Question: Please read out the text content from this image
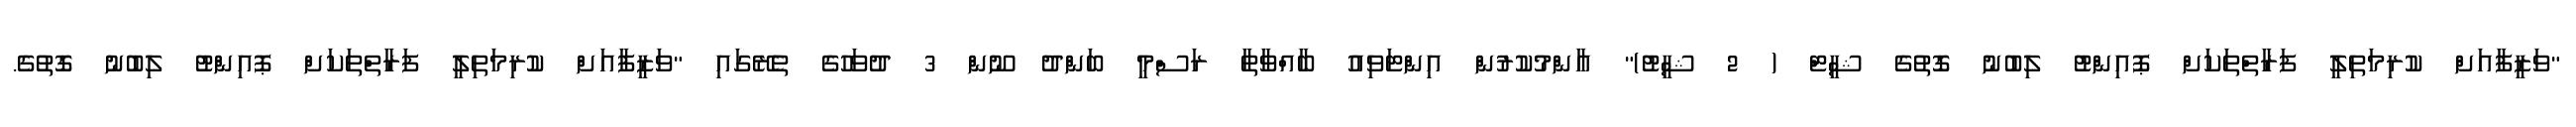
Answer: "ވަޒީފާއަށް ކުރިމަތިލީ ފަރާތްތަކަށް ޕޮއިންޓު ލިބުނު ގޮތުގެ ޝީޓް ( 2 ޝީޓު)" އާންމުކުރުން އިންޓަވިއު ބާއްވާތާ ރަސްމީ ބަންދު ނޫން 3 ދުވަހުގެ ތެރޭގައި "ވަޒީފާއަށް ކުރިމަތިލީ ފަރާތްތަކަށް ޕޮއިންޓު ލިބުނު ގޮތުގެ.